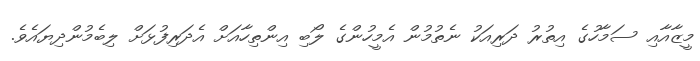
މީޒާއާއި ސަމާހުގެ އިތުރު ދަރިއަކު ނެތުމުން އެމީހުންގެ ލޯބި އިންތިހާއަށް އެދަރިފުޅަށް ލިބެމުންދިޔައެވެ.